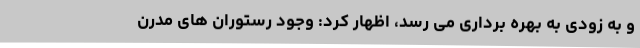
و به زودی به بهره برداری می رسد، اظهار کرد: وجود رستوران های مدرن